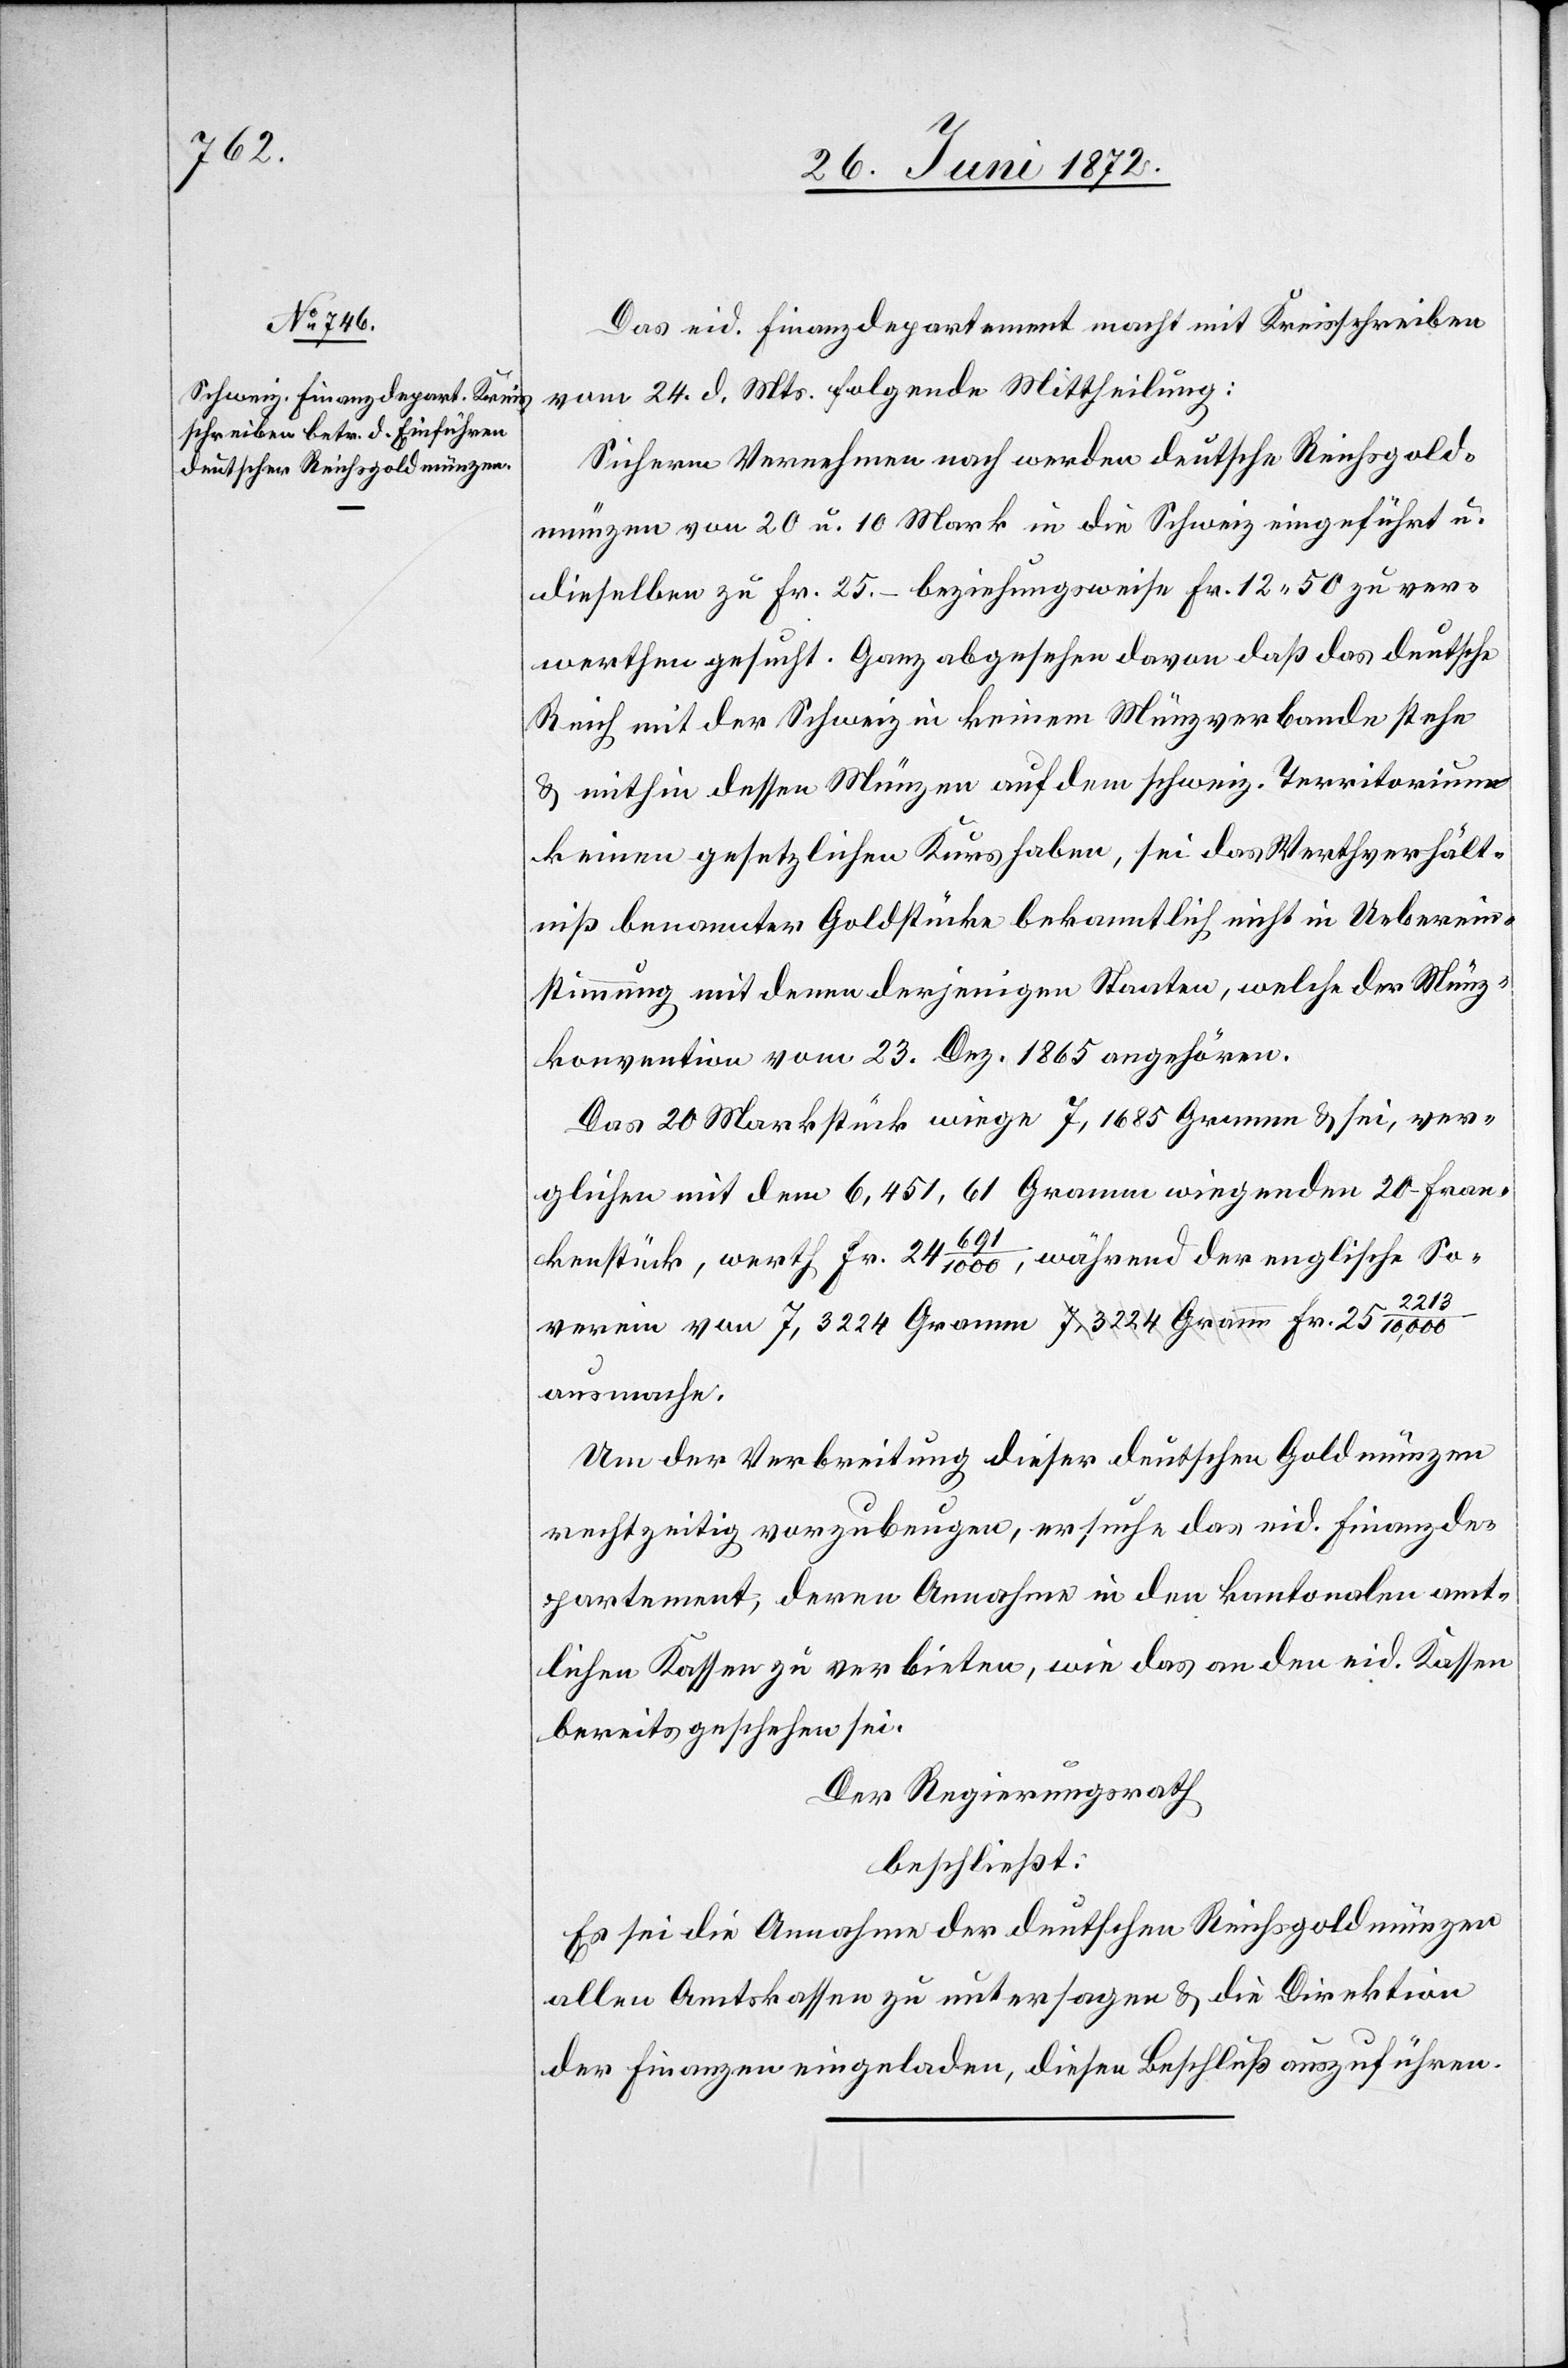
Das eid. Finanzdepartement macht mit Kreisschreiben
vom 24. d. Mts. folgende Mittheilung:
Sicherm Vernehmen nach werden deutsche Reichgold¬
münzen von 20 u. 10 Mark in die Schweiz eingeführt u.
dieselben zu Fr. 25.– beziehungsweise Fr. 12 50 zu ver¬
werthen gesucht. Ganz abgesehen davon daß das deutsche
Reich mit der Schweiz in keinem Münzverbande stehe
u. mithin dessen Münzen auf dem schweiz. Territorium
keinen gesetzlichen Kurs habe, sei das Werthverhält¬
niß benannter Goldstücke bekanntlich nicht in Ueberein¬
stimmung mit denen derjenigen Staaten, welche der Münz¬
konvention vom 23. Dez. 1865 angehören.
Das 20 Markstück wiege 7,1685 Gramm u. sei, ver¬
glichen mit dem 6,451,61 Gramm wiegenden 20-Fran¬
kenstück, werth Fr. 24 691/1000, während der englische So¬
verein von 7,3224 Gramm Fr. 25 2213/10,000 ausmache.
Um der Verbreitung dieser deutschen Goldmünzen
rechtzeitig vorzubeugen, ersuche das eid. Finanzde¬
partement, deren Annahme in den kantonalen amt¬
lichen Kassen zu verbieten, wie das an den eid. Kassen
bereits geschehen sei.
Der Regierungsrath,
beschließt:
Es sei die Annahme der deutschen Reichsgoldmünzen
allen Amtskassen zu untersagen u. die Direktion
der Finanzen eingeladen, diesen Beschluß auszuführen.